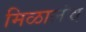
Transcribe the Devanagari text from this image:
मिळालंच